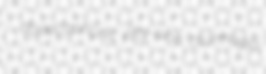
dodecaphonic fifty-nine otorrhagia